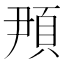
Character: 䪳